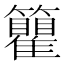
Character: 𬖇